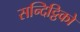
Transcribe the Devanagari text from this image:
सन्दिट्ठिको